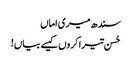
سندھ میری اماں
حُسن تیرا کروں کیسے بیاں!